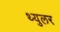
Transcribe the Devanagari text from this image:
थ्युलर